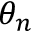
\theta _ { n }